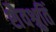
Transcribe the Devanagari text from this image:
शैवश्रुतिं